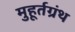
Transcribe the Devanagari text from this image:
मुहूर्तग्रंथ